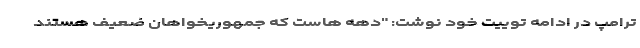
ترامپ در ادامه توییت خود نوشت: "دهه هاست که جمهوریخواهان ضعیف هستند